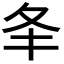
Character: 𡕖